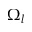
\Omega _ { l }